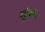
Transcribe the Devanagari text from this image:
वंदुषी